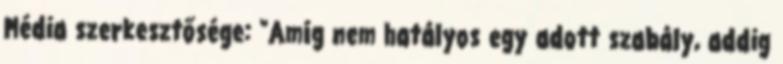
Média szerkesztősége: "Amíg nem hatályos egy adott szabály, addig